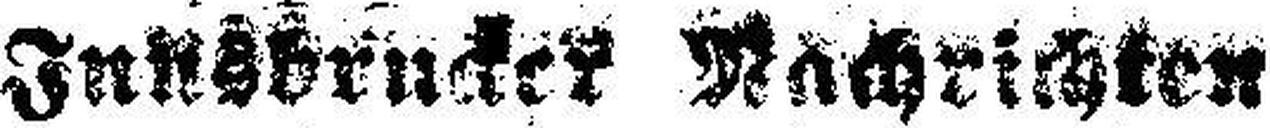
Innsbrucker Nachrichten